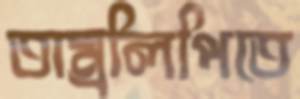
তাম্রলিপিতে